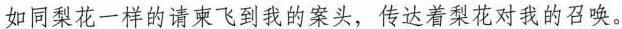
如同梨花一样的请柬飞到我的案头，传达着梨花对我的召唤。